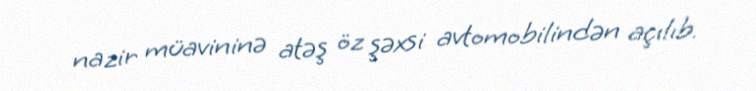
nazir müavininə atəş öz şəxsi avtomobilindən açılıb.